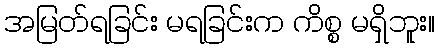
အမြတ်ရခြင်း မရခြင်းက ကိစ္စ မရှိဘူး။